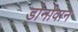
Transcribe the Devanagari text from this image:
डोनोवान